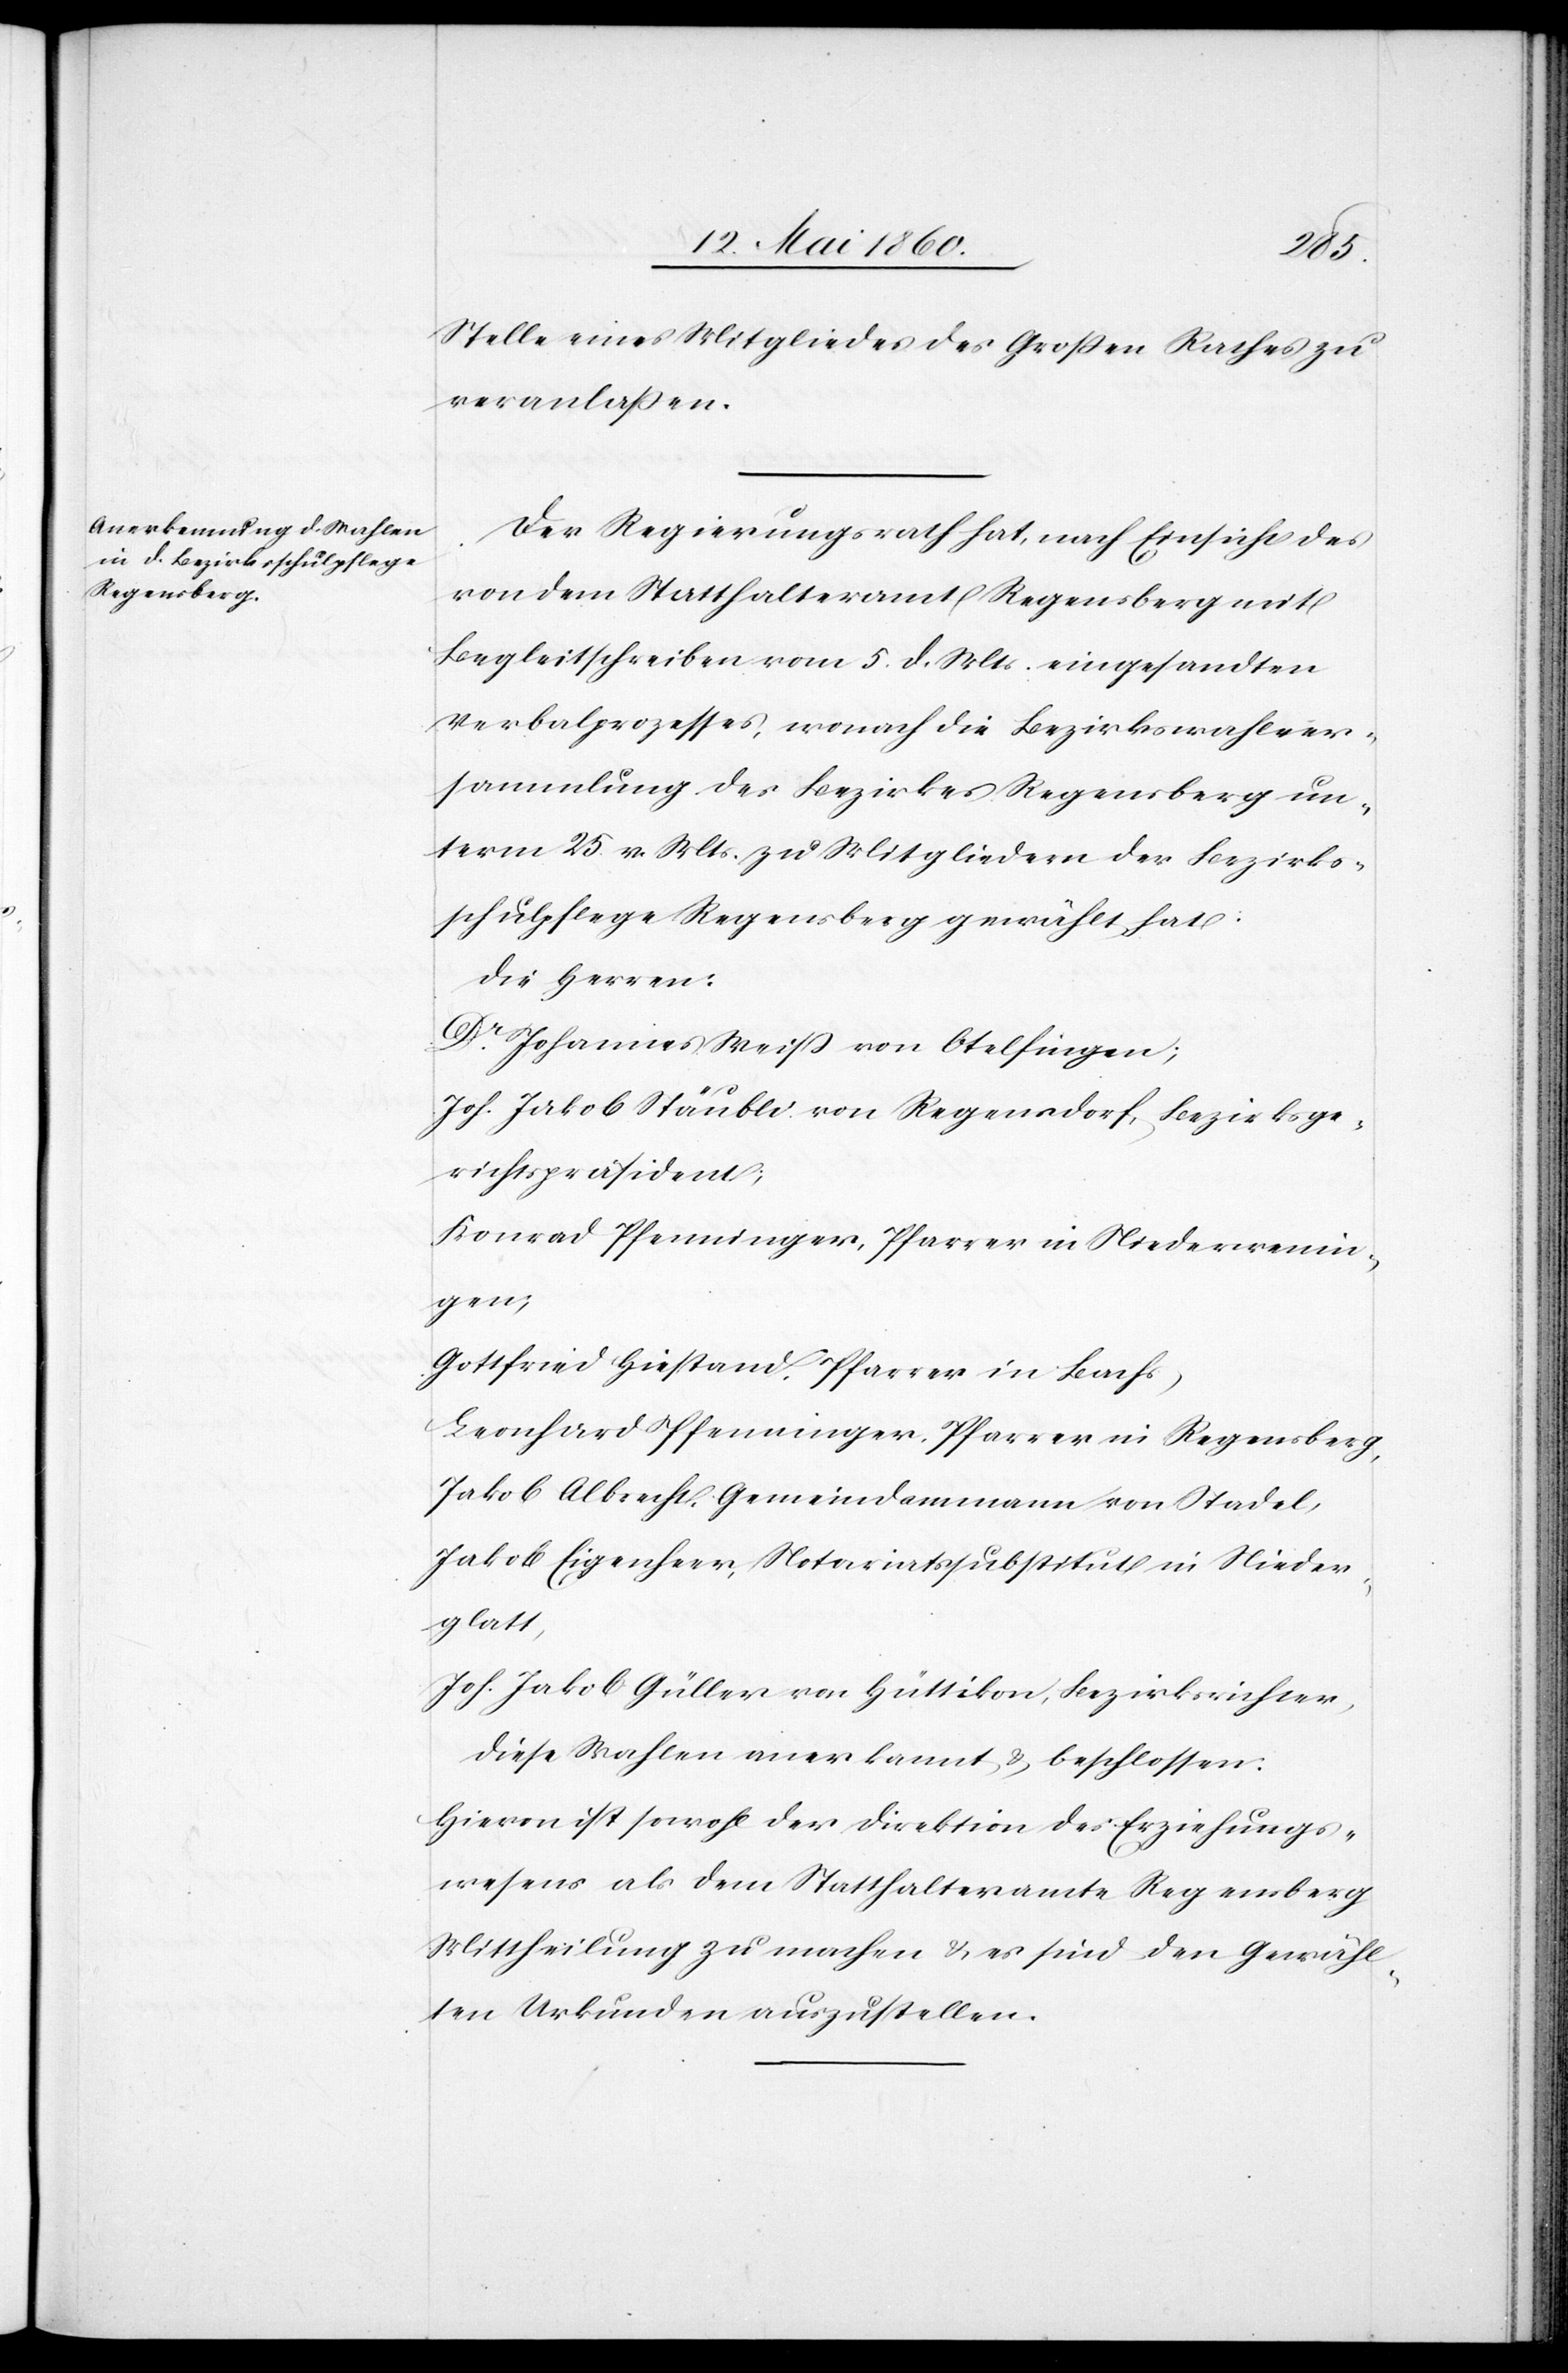
Stelle eines Mitgliedes des Grossen Rathes zu
veranlassen.
Der Regierungsrath hat, nach Einsicht des
von dem Statthalteramt Regensberg mit
Begleitschreiben vom 5. d. Mts. eingesandten
Verbalprozesses, wonach die Bezirkswahlver¬
sammlung des Bezirkes Regensberg un¬
term 25. v. Mts. zu Mitgliedern der Bezirks¬
schulpflege Regensberg gewählt hat:
Die Herren:
Dr Johannes Weiss von Otelfingen;
Joh. Jakob Stäubli von Regensdorf, Bezirksge¬
richtspräsident;
Konrad Pfenninger, Pfarrer in Niederwenin¬
gen;
Gottfried Hiestand, Pfarrer in Bachs,
Leonhard Pfenninger, Pfarrer in Regensberg,
Jakob Albrecht, Gemeindammann von Stadel,
Jakob Eigenherr, Notariatssubstitut in Nieder¬
glatt,
Joh. Jakob Güller von Hüttikon, Bezirksrichter,
Diese Wahlen anerkannt u. beschlossen:
Hievon ist sowohl der Direktion des Erziehungs¬
wesens als dem Statthalteramte Regensberg
Mittheilung zu machen u. es sind den Gewähl¬
ten Urkunden auszustellen.